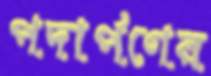
পদার্পণের